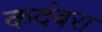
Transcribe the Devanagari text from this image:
कदंबरा